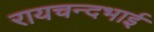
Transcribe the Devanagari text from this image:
रायचन्दभाई